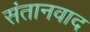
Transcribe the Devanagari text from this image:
संतानवाद